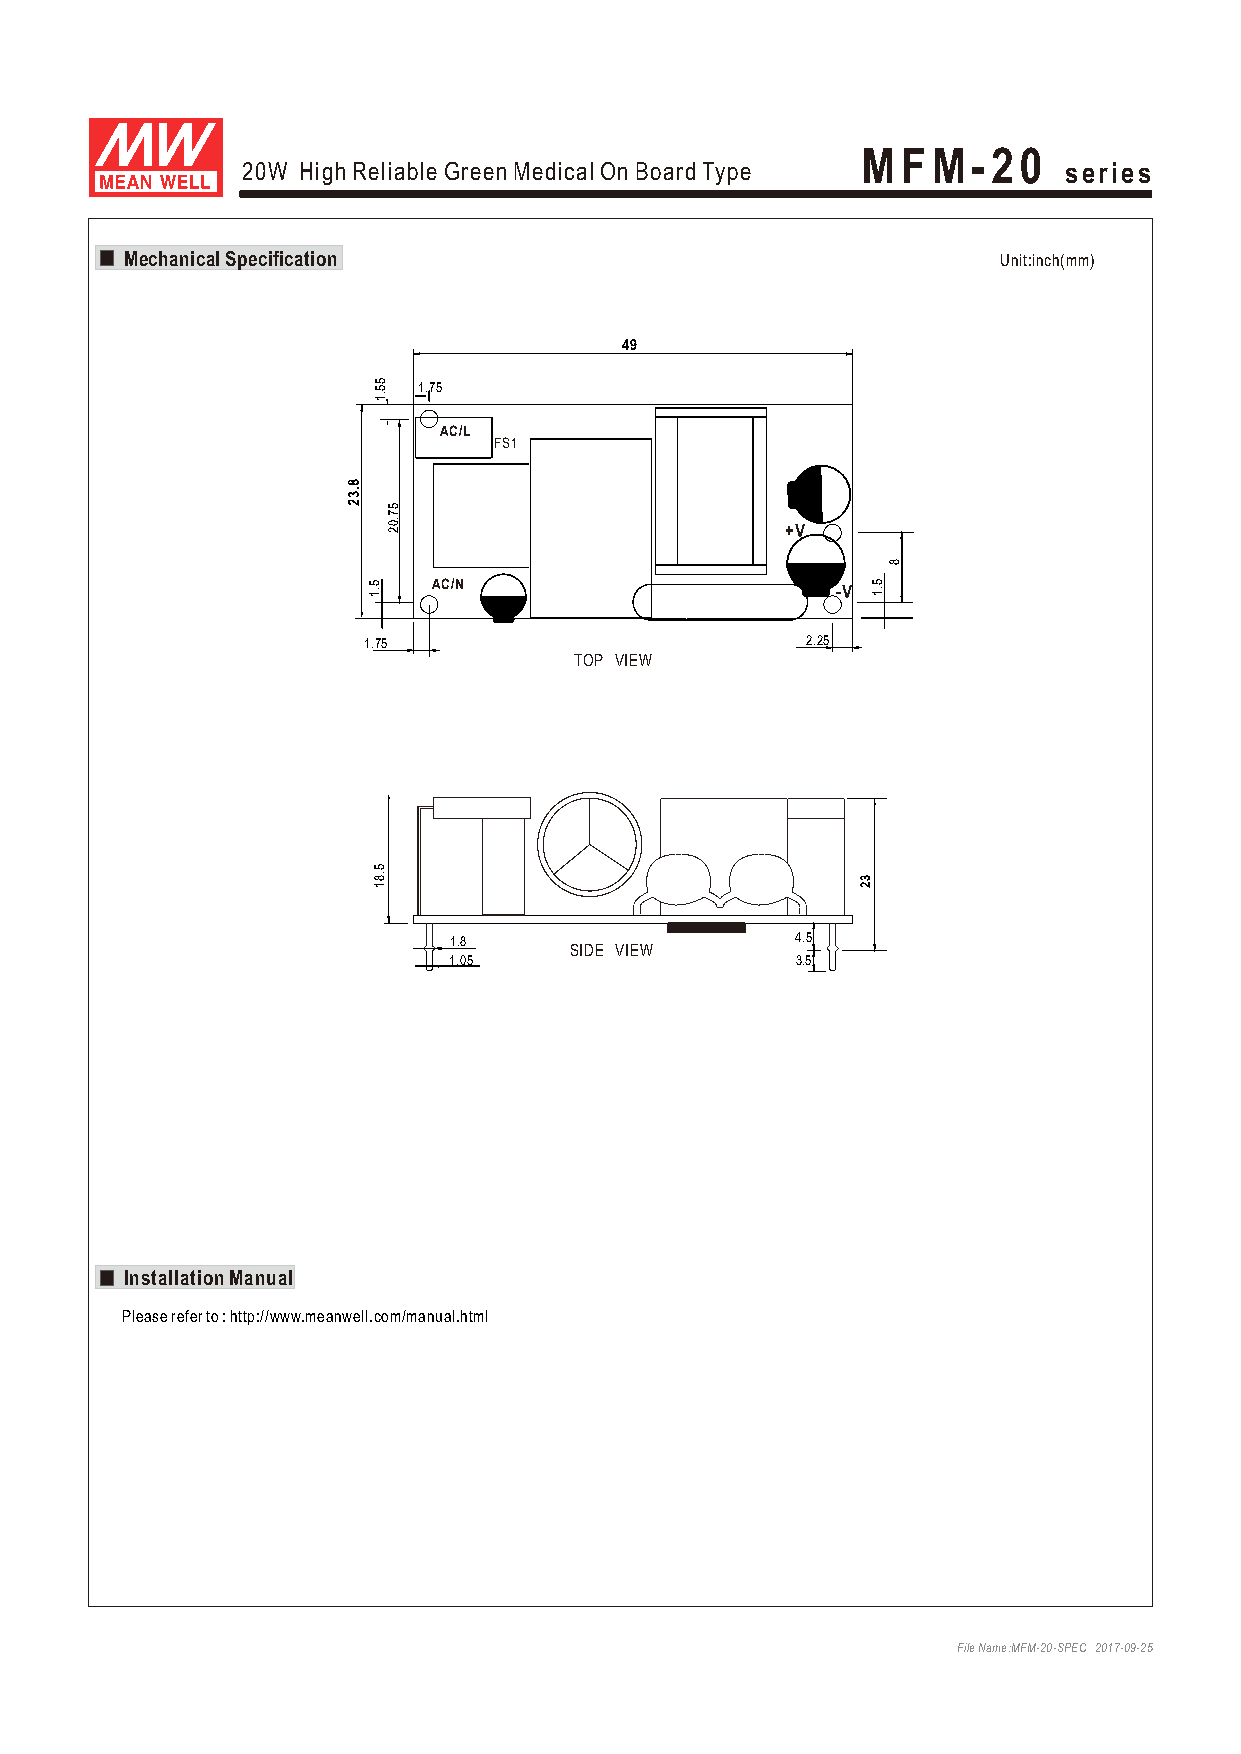
MFM-20
 20W High Reliable Green Medical On Board Type         series
 MMMMeeeecccchhhhaaaannnniiiiccccaaaallll SSSSppppeeeecccciiiiffffiiiiccccaaaattttiiiioooonnnn UUnniitt::iinncchh((mmmm))
 49
 1.75
 AC/L
 FS1
 +V
 AC/N                      -V
 1.75                         2.25
 TOP VIEW
 1.8                    4.5
 SIDE VIEW
 1.05                   3.5
 Installation Manual
 Please refer to : http://www.meanwell.com/manual.html
 File Name:MFM-20-SPEC 2017-09-25
 8.32
 55.1
 5.1
 5.81
 57.02
 32
 5.1
 8